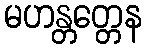
မဟန္တတ္တေန